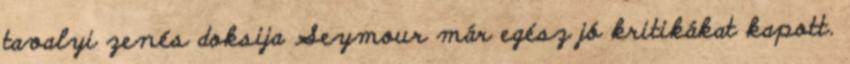
tavalyi zenés doksija Seymour már egész jó kritikákat kapott.